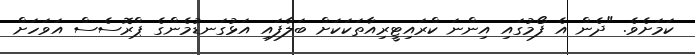
ކަަމަށެވެ. "ދެން އެ ފޯމުގައި އިންނަ ކްރައިޓީރިއާތަކަކަށް ބަލާފައި އަޅުގަނޑުމެންގެ ޕްރޮސެސް އަވަހަށް